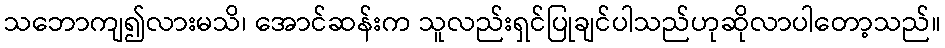
သဘောကျ၍လားမသိ၊ အောင်ဆန်းက သူလည်းရှင်ပြုချင်ပါသည်ဟုဆိုလာပါတော့သည်။